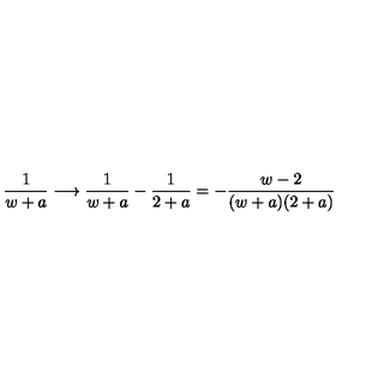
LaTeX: { \frac { 1 } { w + a } } \longrightarrow { \frac { 1 } { w + a } } - { \frac { 1 } { 2 + a } } = - { \frac { w - 2 } { ( w + a ) ( 2 + a ) } }